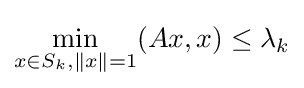
\min _{x\in S_{k},\|x\|=1}(Ax,x)\leq \lambda _{k}